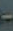
-